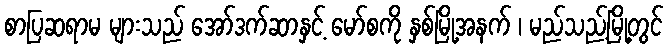
စာပြဆရာမ များသည် အော်ဒက်ဆာနှင့် မော်စကို နှစ်မြို့အနက် ၊ မည်သည့်မြို့တွင်